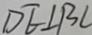
D E \bot B C